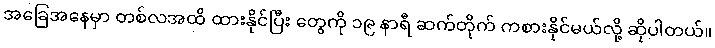
အခြေအနေမှာ တစ်လအထိ ထားနိုင်ပြီး တွေကို ၁၉ နာရီ ဆက်တိုက် ကစားနိုင်မယ်လို့ ဆိုပါတယ်။